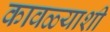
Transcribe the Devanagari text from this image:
कावळ्याशी